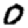
Digit: 0